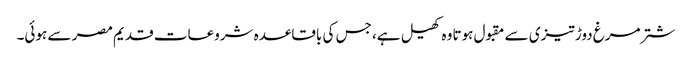
شتر مرغ دوڑ تیزی سے مقبول ہوتا وہ کھیل ہے، جس کی باقاعدہ شروعات قدیم مصر سے ہوئی۔